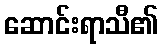
ဆောင်းရာသီ၏